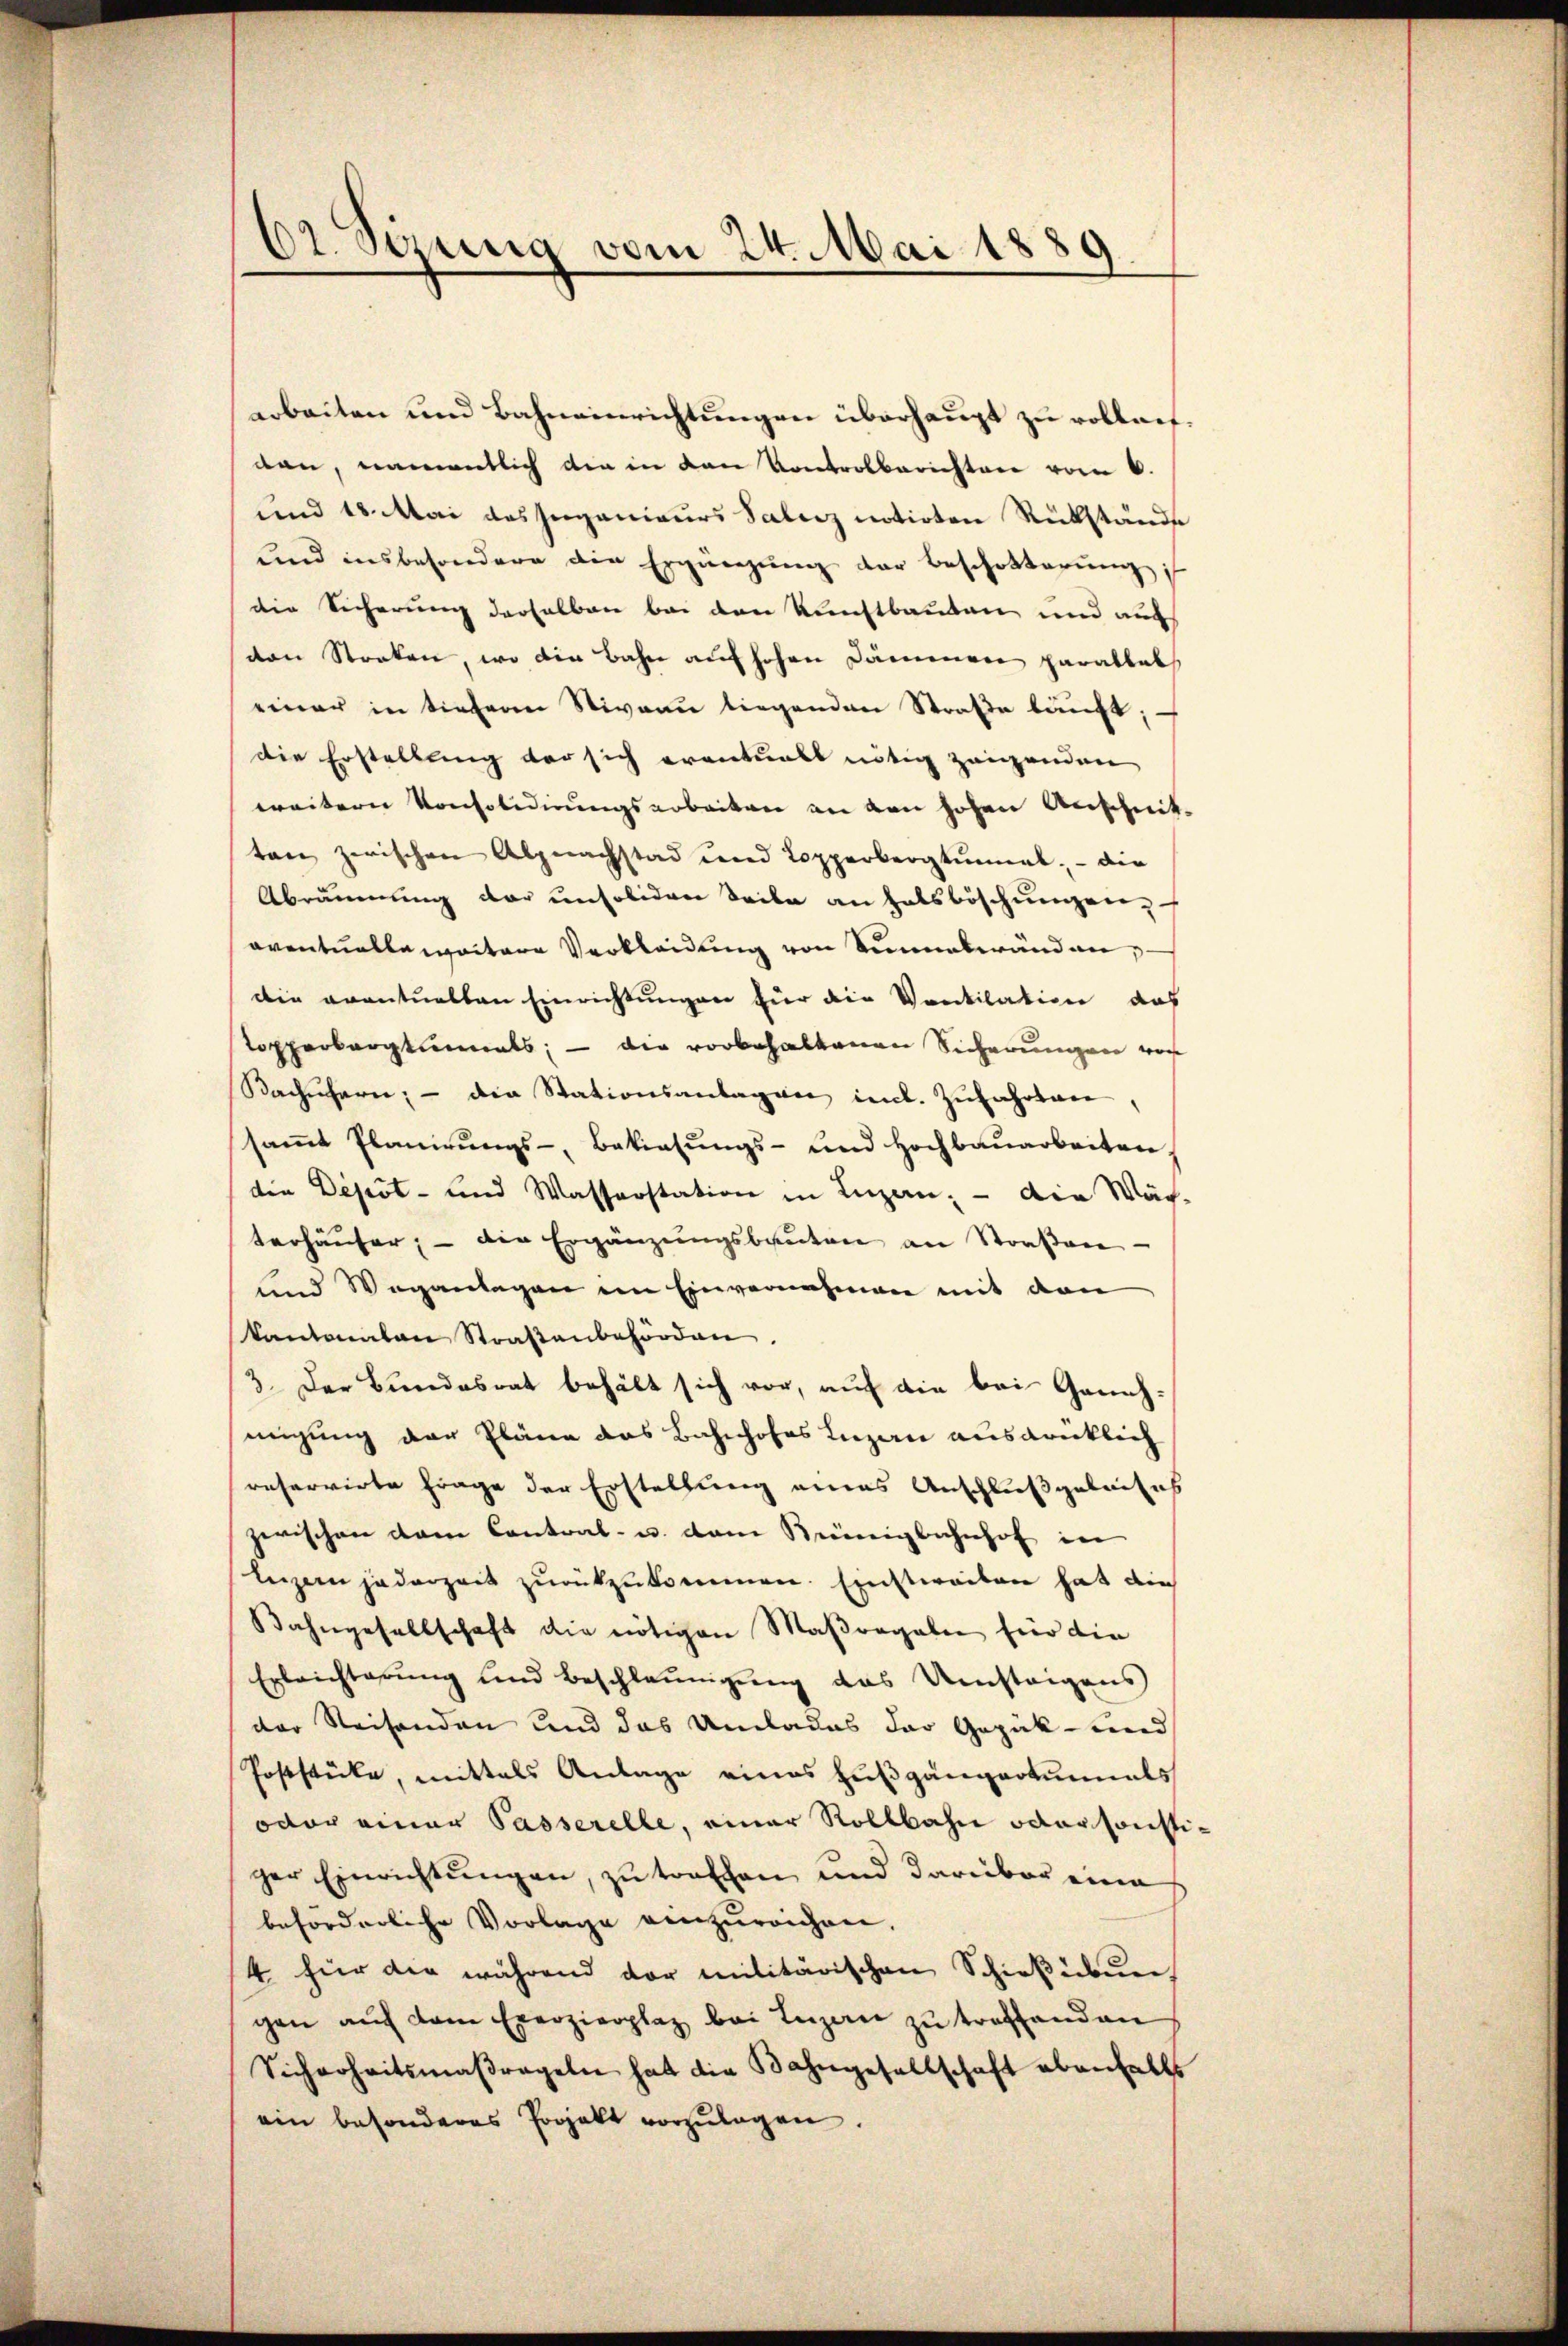
62. Sirung vom 24. Mai 1889
a

arbeiten und Bahneinrichtungen überhaupt zu vollant.
dan, namentlich die in von Kontrolberichten vom 6.
und 18. Mai das Ingenieurs Salarz notirten Rükstände
und insbesondere die Ergänzung der Beschotterung
die Sicherung derselben bei den Kunstbauten und auc
ven Stocken, wo die Bahn auf hohen Dämmen parallel
einer in tieferen Niveau liegenden Straße läuft;
die Erstellung der sich eventualt nötig zeigenden
weitern Konsolidirungsarbeiten an den hohen Anschnitten zwischen Alpnachstad und Lopperbergtinmal. - die
Abräumung der unsoliden Seite an Halsböschungen,
oventuelle weitere Verkleidung von Sinnebwänden
die eventuellen Einrichtungen für die Vorkilation das
topperbargtimats; — die vorbehaltenen Sicherungen vor
Kachühern; - die Stationsanlagen incl. Zŭfahrten,
saṁt Planirŭngs- Bekiesŭngs- und Hochbaŭarbeiten.
die Depot- und Wasserstation in Luzan; — die Wär-
terhäuser, – die Ergänzungsbauten an Straßen
und Wegantagen im Einvernahmen mit den
kantonalen Straßenbehörden
3. Der Bundesrat behält sich vor, auf die bei Geneh-
migung der Pläne das Bahnhofes Luzern ausdrücklich
reservirte Frage der Erstellung eines Anschluß geleises
zwischen dem Contral- u. dem Kreiigbahnhof in
leggern jederzeit zurükzukommen. Einstweiten hat die
Bahngesellschaft die nötigen Maßregalen für die
Erleichterung und Beschleunigung des Umsteigens
der Reisenden und das Umlades der Gepäck- und
Foststücke, mittels Anlage eines Fußgängertunals
oder einer Passerelle, einer Rollbahn oder sonstiger Einrichtŭngen, zu traffen und darüber eine
beforderliche Vorlage einzureichen,
4 für die während der militärischen Schießübŭng
gen aŭf dem Exerzierplaz bei Ingen zŭ treffenden
Sicherheitsmaßregeln hat die Bahngesellschaft ebenfalls
ein besonderes Projekt vorzŭlagen.